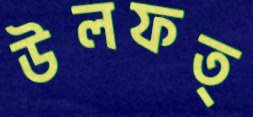
উলফত্